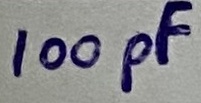
Text: 100pF